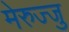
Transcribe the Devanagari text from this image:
मेरुज्जु